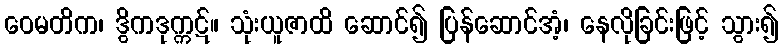
ဝေမတိက၊ ဒွိကဒုက္ကဋ်။ သုံးယူဇာထိ ဆောင်၍ ပြန်ဆောင်အံ့၊ နေလိုခြင်းဖြင့် သွား၍